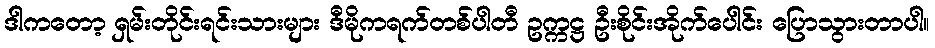
ဒါကတော့ ရှမ်းတိုင်းရင်းသားများ ဒီမိုကရက်တစ်ပါတီ ဥက္ကဋ္ဌ ဦးစိုင်းအိုက်ပေါင်း ပြောသွားတာပါ။